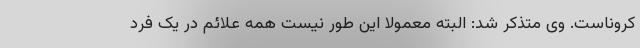
کروناست. وی متذکر شد: البته معمولا این طور نیست همه علائم در یک فرد